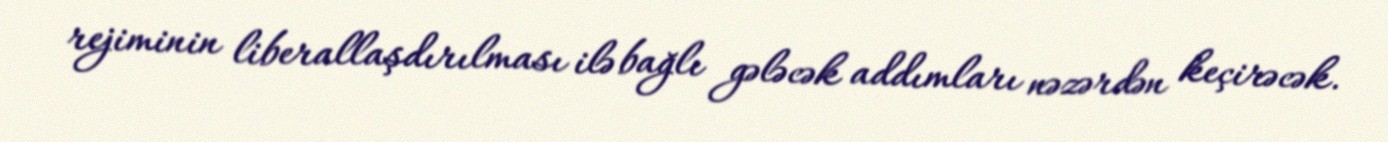
rejiminin liberallaşdırılması ilə bağlı gələcək addımları nəzərdən keçirəcək.